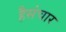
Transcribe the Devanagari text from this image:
हैसंचार